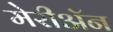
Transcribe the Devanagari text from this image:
मेरीॲन